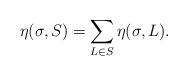
LaTeX: \begin{align*}\eta(\sigma,S) = \sum_{L\in S} \eta(\sigma, L). \end{align*}